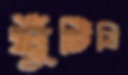
ঘুঁটিবি